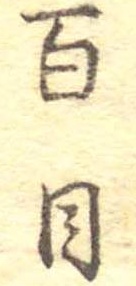
百目